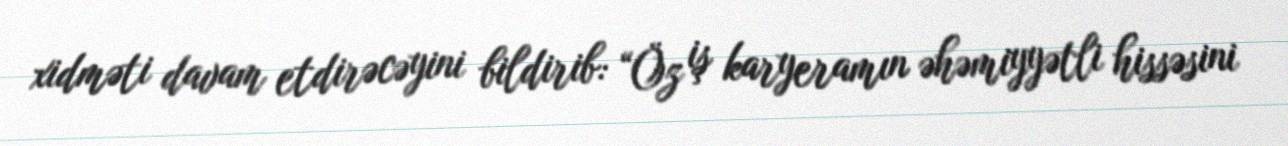
xidməti davam etdirəcəyini bildirib: “Öz iş karyeramın əhəmiyyətli hissəsini